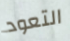
التعود